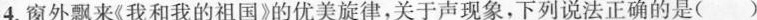
4.窗外飘来《我和我的祖国》的优美旋律，关于声现象，下列说法正确的是( )